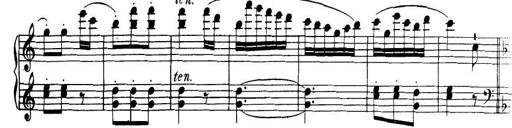
Title: 32 Sonatinas and Rondos for the Piano
Composer: Richard Kleinmichel